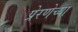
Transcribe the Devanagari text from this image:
प्रेरणेच्या